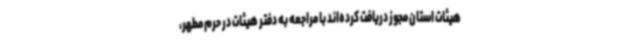
هیئات استان مجوز دریافت کرده‌اند با مراجعه به دفتر هیئات در حرم مطهر،